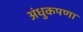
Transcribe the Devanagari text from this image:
अंधुकपणा